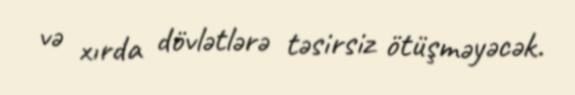
və xırda dövlətlərə təsirsiz ötüşməyəcək.